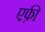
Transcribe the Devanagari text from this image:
एफ़ी